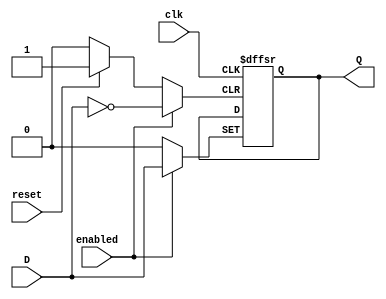
module FFD1 (input wire D, enabled, clk, reset, output reg Q);
always @(posedge clk or posedge enabled or posedge reset) begin

  if (reset)
    Q<=0;
  else if (enabled)
    Q<=D;
  end
endmodule

module FFJK (input wire clk, enabled, J, K, reset, output wire Q);
wire D1;
assign D1= (J & ~Q) | (K & Q);
FFD1 F1(D1, enabled, clk, reset, Q);

endmodule